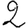
Digit: 2